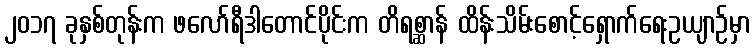
၂၀၁၇ ခုနှစ်တုန်းက ဖလော်ရီဒါတောင်ပိုင်းက တိရစ္ဆာန် ထိန်းသိမ်းစောင့်ရှောက်ရေးဥယျာဉ်မှာ